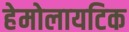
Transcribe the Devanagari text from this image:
हेमोलायटिक